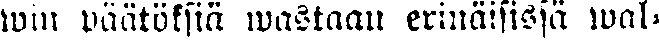
win päätöksiä wastaan erinäisissä wal-